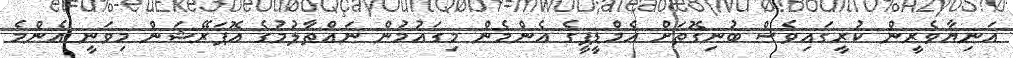
އަނިޔާވެރީން ކުރީގައިވެސް ބުނިގޮތަށް އެމްޑީޕީގެ އެންމެން މިގައުމުން ނައްތާލުމުގެ އޮޕަރޭޝަން މިވަނީ އެންމެ